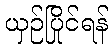
ယှဉ်ပြိုင်ရန်